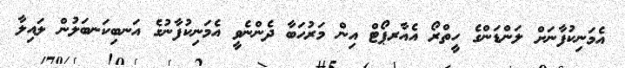
އެމަނިކުފާނަށް ލަންޑަންގެ ހީތްރޯ އެއާރޕޯޓް އިން މަރުހަބާ ދެންނެވީ އެމަނިކުފާނުގެ އަނބިކަނބަލުން ލައިލާ